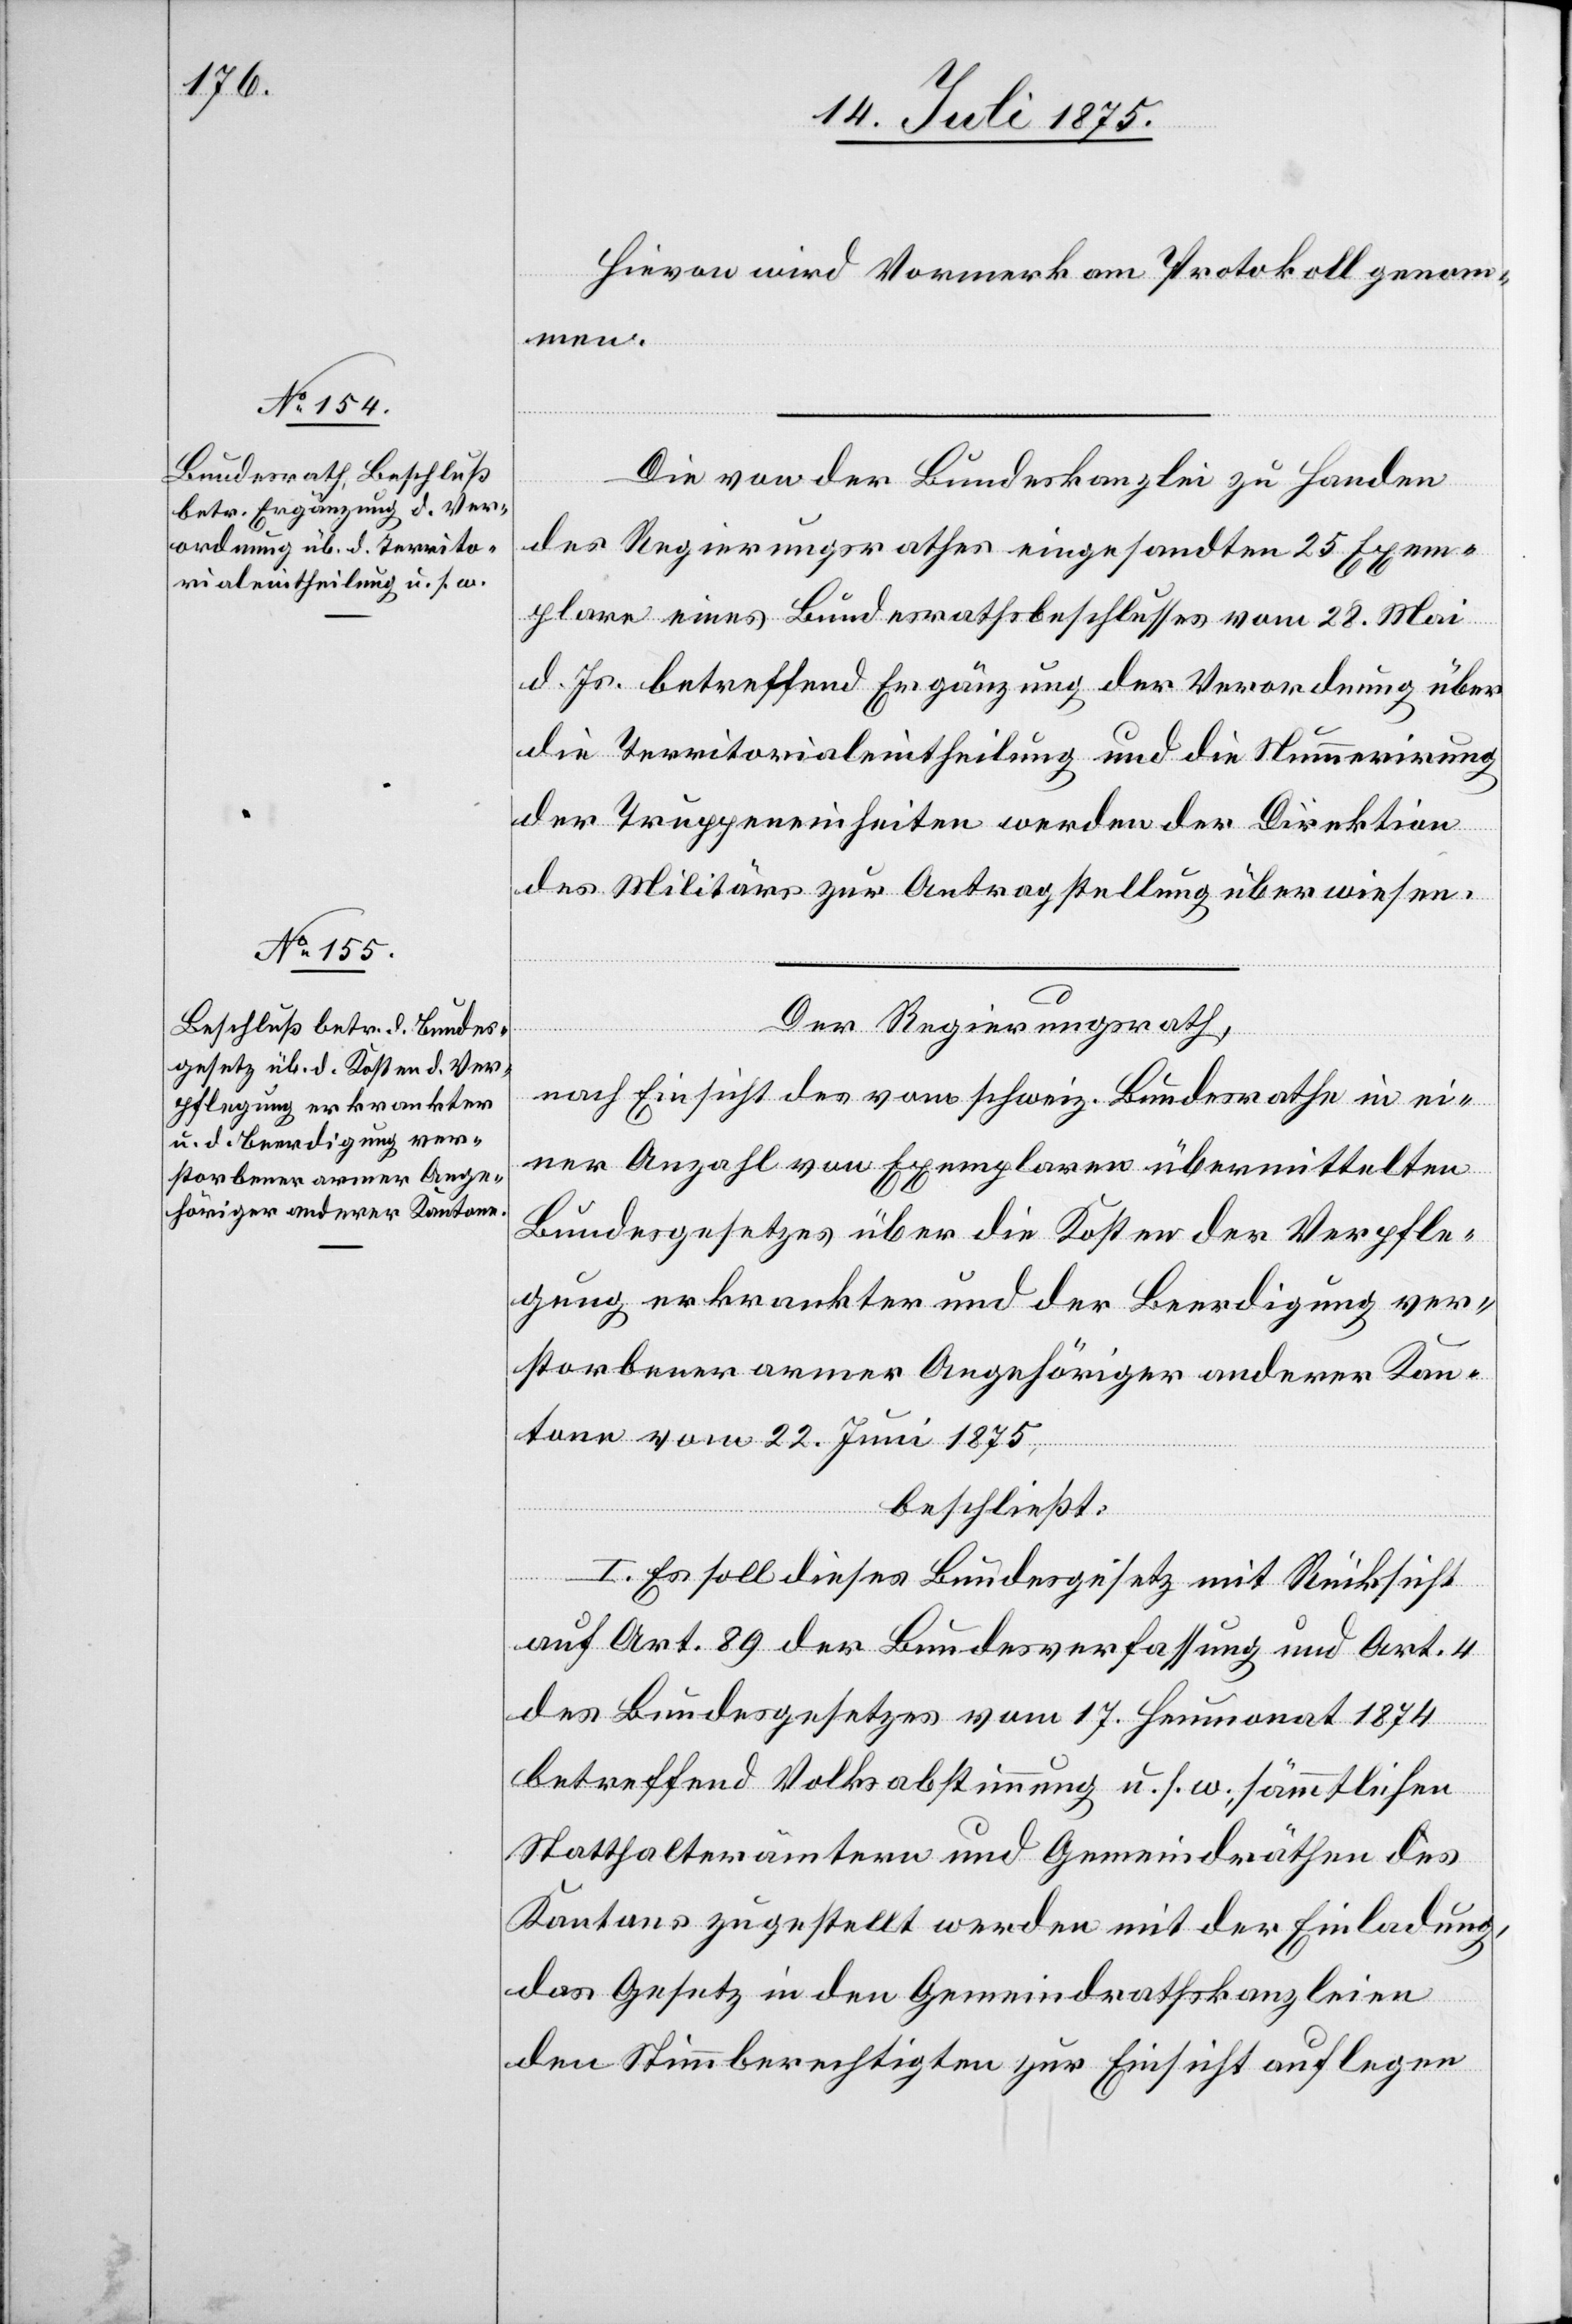
Hievon wird Vormerk am Protokoll genom¬
men.
Die von der Bundeskanzlei zu Handen
des Regierungsrathes eingesandten 25 Exem¬
plare eines Bundesrathsbeschlusses vom 28. Mai
d. Js. betreffend Ergänzung der Verordnung über
die Territorialeintheilung und die Nummerirung
der Truppeneinheiten werden der Direktion
des Militärs zur Antragstellung überwiesen.
Der Regierungsrath,
nach Einsicht des vom schweiz. Bundesrathe in ei¬
ner Anzahl von Exemplaren übermittelten
Bundesgesetzes über die Kosten der Verpfle¬
gung erkrankter und der Beerdigung ver¬
storbener armer Angehöriger anderer Kan¬
tone vom 22. Juni 1875,
beschließt:
I. Es soll dieses Bundesgesetz mit Rücksicht
auf Art. 89 der Bundesverfassung und Art. 4
des Bundesgesetzes vom 17. Heumonat 1874
betreffend Volksabstimmung u. s. w., sämmtlichen
Statthalterämtern und Gemeindräthen des
Kantons zugestellt werden mit der Einladung,
das Gesetz in den Gemeindrathskanzleien
den Stimmberechtigten zur Einsicht auflegen